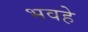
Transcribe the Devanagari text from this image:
भवहे